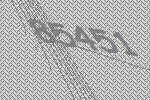
85451